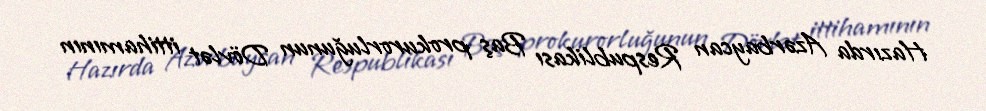
Hazırda Azərbaycan Respublikası Baş prokurorluğunun Dövlət ittihamının